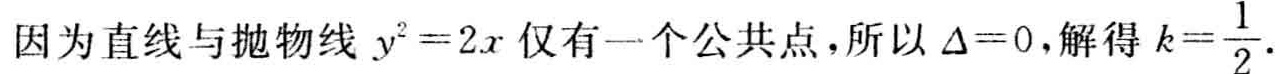
因为直线与抛物线 \(y^{2}=2x\) 仅有一个公共点，所以 \(\Delta =0\)，解得 \(k = \frac{1}{2}\).